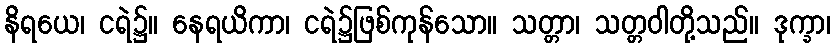
နိရယေ၊ ငရဲ၌။ နေရယိကာ၊ ငရဲ၌ဖြစ်ကုန်သော။ သတ္တာ၊ သတ္တဝါတို့သည်။ ဒုက္ခာ၊